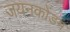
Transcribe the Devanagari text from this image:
जयनकोंडम